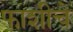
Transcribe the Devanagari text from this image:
फाशीचे